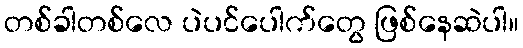
တစ်ခါတစ်လေ ပဲပင်ပေါက်တွေ ဖြစ်နေဆဲပါ။